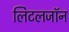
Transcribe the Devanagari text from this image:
लिटलजॉन